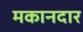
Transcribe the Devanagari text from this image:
मकानदार